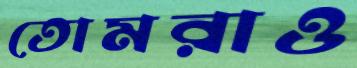
তোমরাও